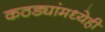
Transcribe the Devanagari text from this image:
कठड्यांमध्येही